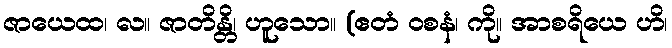
ဇာယေထ၊ လ။ ဇာတိန္တိ၊ ဟူသော။ (ဧတံ ဝစနံ၊ ကို။ အာစရိယေ ဟိ၊